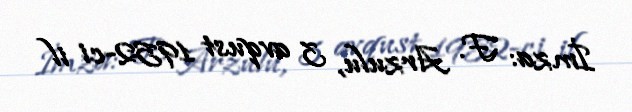
İmza: F. Arzulu, 3 avqust 1952-ci il